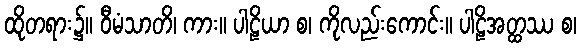
ထိုတရား၌။ ဝီမံသာတိ၊ ကား။ ပါဠိယာ စ၊ ကိုလည်းကောင်း။ ပါဠိအတ္ထဿ စ၊